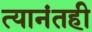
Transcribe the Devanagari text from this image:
त्यानंतही